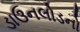
ડાઉનલોડનો